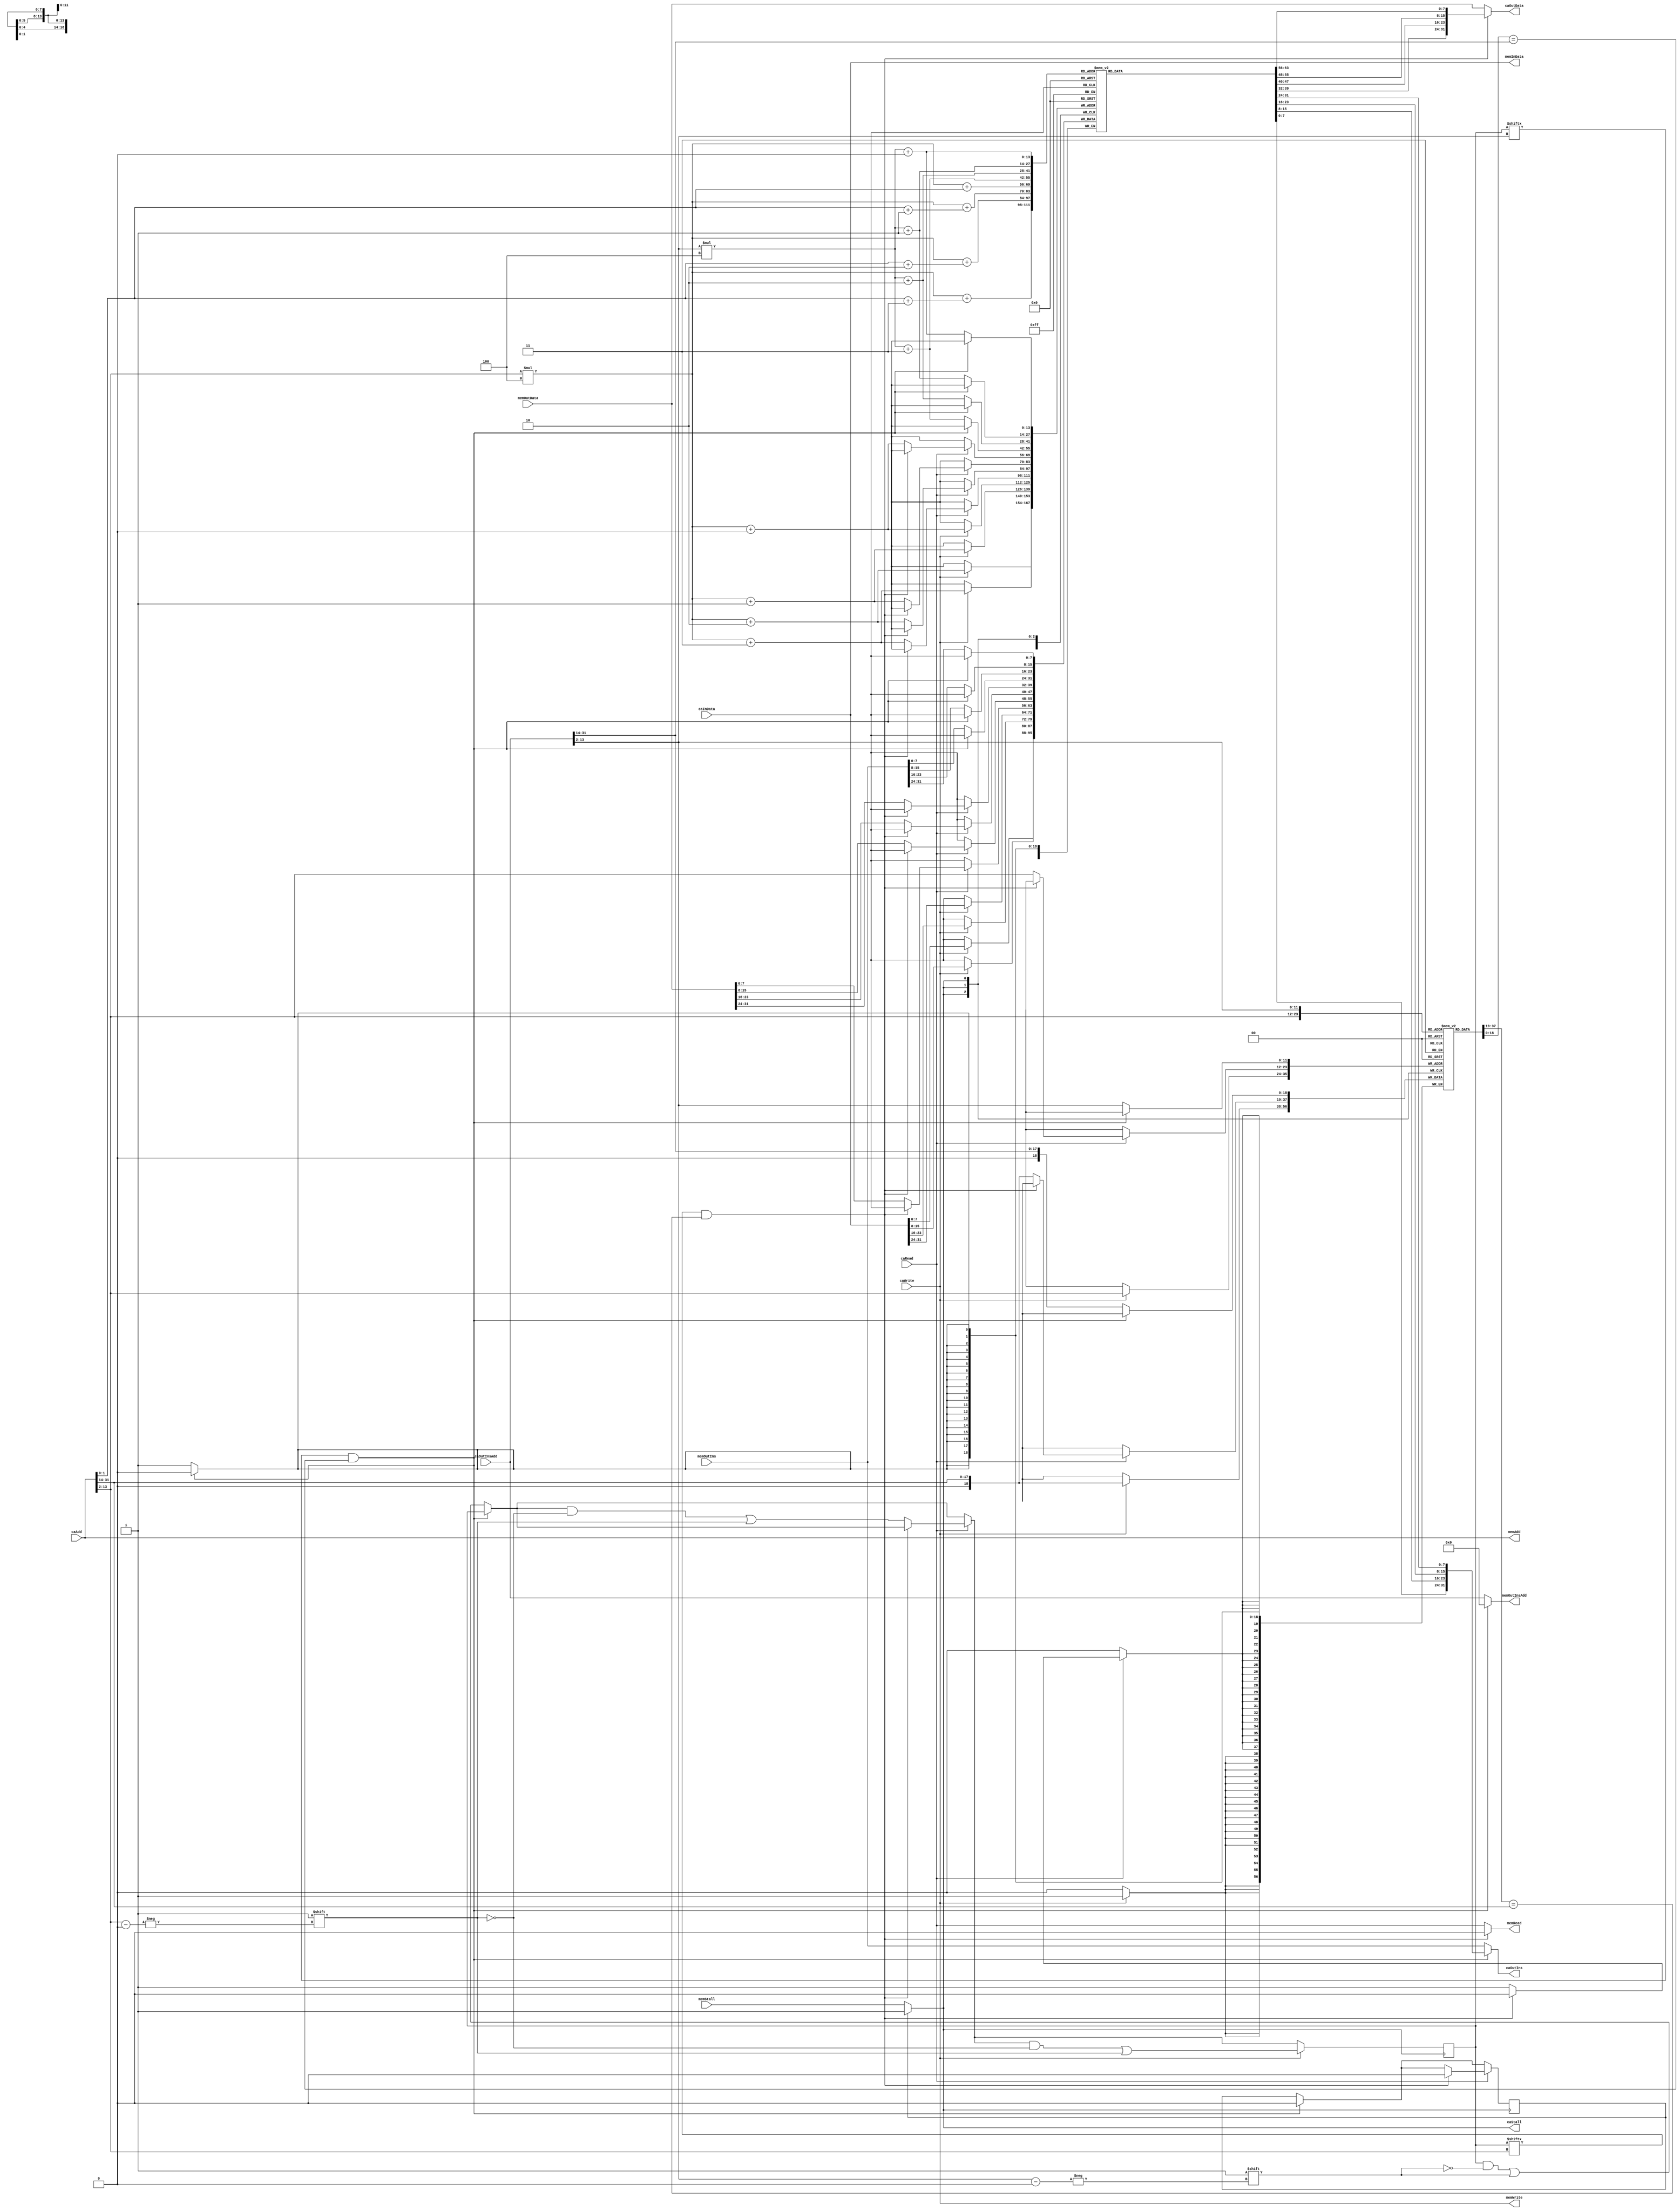
module l2cache(
  caOutInsAdd,   //in 32
  caOutIns,      //out 32
  caWrite,       //in 1
  caAdd,         //in 32
  caInData,      //in 32
  caOutData,
  caRead,      //out 32
  caStall,
  
  memOutInsAdd,   //in 32
  memOutIns,      //out 32
  memWrite,       //in 1
  memAdd,         //in 32
  memInData,      //in 32
  memOutData,
  memRead,      //out 32
  memStall
  );
input caWrite;
input [31:0] caInData;
input [31:0] caAdd;
input [31:0] caOutInsAdd;
output [31:0] caOutData;
output [31:0] caOutIns;
output caStall;
input caRead;

output memWrite;
output [31:0] memInData;
output [31:0] memAdd;
output [31:0] memOutInsAdd;
input [31:0] memOutData;
input [31:0] memOutIns;
input memStall;
output memRead;

wire inCache1;//memRead
wire inCache2;//insRead

reg [7:0] Cache[4095:0][0:3];
reg [4095:0]validBit;
reg [18:0] cacheTag[4095:0];

reg stall;

initial begin
    validBit = 0;
    stall = 0;
end

assign caOutData = inCache1 ? {Cache[caAdd[13:2]][caAdd[1:0]], Cache[caAdd[13:2]][caAdd[1:0]+1], Cache[caAdd[13:2]][caAdd[1:0]+2], Cache[caAdd[13:2]][caAdd[1:0]+3]} : memOutData;

assign caOutIns = inCache2 ? {Cache[caOutInsAdd[13:2]][0], Cache[caOutInsAdd[13:2]][1], Cache[caOutInsAdd[13:2]][2], Cache[caOutInsAdd[13:2]][3]} : memOutIns;

assign caStall = stall == 1 ? 1 : memStall;

assign memRead = inCache1 ? 0 : caRead;
assign memWrite = caWrite;

assign memOutInsAdd = inCache2 ? 0 : caOutInsAdd;
assign memAdd = caAdd;
assign memInData = caInData;

assign inCache1 = validBit[memAdd[13:2]] && (cacheTag[memAdd[13:2]] == memAdd[31:14]);
assign inCache2 = validBit[caOutInsAdd[13:2]] && (cacheTag[caOutInsAdd[13:2]] == caOutInsAdd[31:14]);

always@(negedge caStall)
begin
    
	if (inCache2)
	begin
		stall = 1;
		#5
		stall = 0;
	end
	else
	begin
		validBit[caOutInsAdd[13:2]] = 1;
		cacheTag[caOutInsAdd[13:2]] = caOutInsAdd[31:14];
		Cache[caOutInsAdd[13:2]][0] = memOutIns[31:24];
		Cache[caOutInsAdd[13:2]][1] = memOutIns[23:16];
		Cache[caOutInsAdd[13:2]][2] = memOutIns[15:8];
		Cache[caOutInsAdd[13:2]][3] = memOutIns[7:0];
	end
	
	if (caRead)
	if (inCache1)
	begin
		stall = 1;
		#9
		stall = 0;
	end
	else
	begin
		validBit[caAdd[13:2]] = 1;
		cacheTag[caAdd[13:2]] = caAdd[31:14];
		Cache[caAdd[13:2]][0] = memOutData[31:24];
		Cache[caAdd[13:2]][1] = memOutData[23:16];
		Cache[caAdd[13:2]][2] = memOutData[15:8];
		Cache[caAdd[13:2]][3] = memOutData[7:0]; 
	end
	
	if (caWrite)
   begin
	   validBit[caAdd[13:2]] = 1;
   	  cacheTag[caAdd[13:2]] = caAdd[31:14];
     	Cache[caAdd[13:2]][0] = caInData[31:24];
     	Cache[caAdd[13:2]][1] = caInData[23:16];
	   Cache[caAdd[13:2]][2] = caInData[15:8];
	   Cache[caAdd[13:2]][3] = caInData[7:0];
   end
end

endmodule